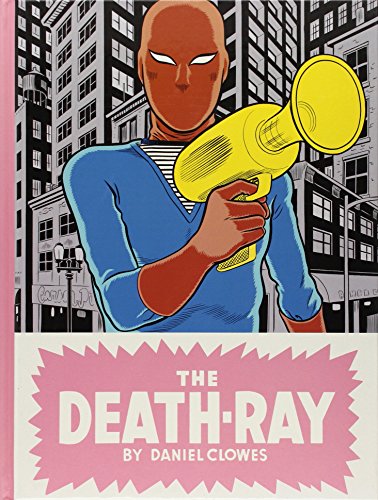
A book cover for The Death-Ray; Daniel Clowes; Comics & Graphic Novels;